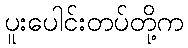
ပူးပေါင်းတပ်တို့က